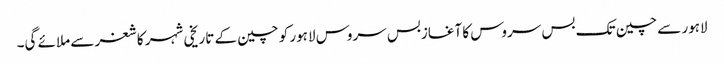
لاہور سے چین تک بس سروس کا آغازبس سروس لاہور کو چین کے تاریخی شہر کاشغر سے ملائے گی۔